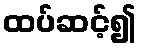
ထပ်ဆင့်၍